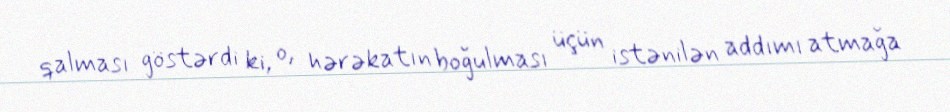
qalması göstərdi ki, o, hərəkatın boğulması üçün istənilən addımı atmağa